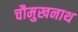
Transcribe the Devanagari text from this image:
चौमुखनाथ